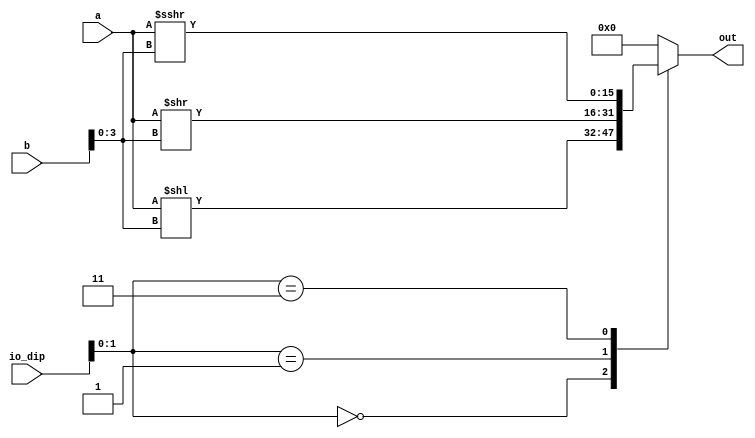
/*
   This file was generated automatically by the Mojo IDE version B1.3.6.
   Do not edit this file directly. Instead edit the original Lucid source.
   This is a temporary file and any changes made to it will be destroyed.
*/

module sft_45 (
    input [7:0] io_dip,
    input [15:0] a,
    input [15:0] b,
    output reg [15:0] out
  );
  
  
  
  always @* begin
    out = 1'h0;
    
    case (io_dip[0+1-:2])
      1'h0: begin
        out = a << b[0+3-:4];
      end
      1'h1: begin
        out = a >> b[0+3-:4];
      end
      2'h3: begin
        out = $signed(a) >>> b[0+3-:4];
      end
    endcase
  end
endmodule